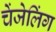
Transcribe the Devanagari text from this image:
चेंजेलिंग